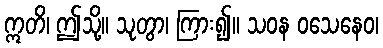
ဣတိ၊ ဤသို့။ သုတွာ၊ ကြား၍။ သဝန ဝသေနေဝ၊